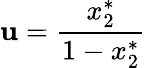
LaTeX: \mathbf{u}=\frac{{x_{2}^{*}}}{{1-x_{2}^{*}}}